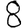
Digit: 8